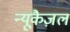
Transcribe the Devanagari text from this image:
न्यूकैज़ल